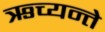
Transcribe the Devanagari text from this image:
ऋच्यन्ते